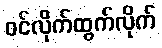
ဝင်လိုက်ထွက်လိုက်